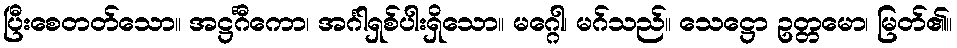
ပြီးစေတတ်သော။ အဋ္ဌင်္ဂီကော၊ အင်္ဂါရှစ်ပါးရှိသော။ မဂ္ဂေါ၊ မဂ်သည်။ သေဋ္ဌော ဥတ္တမော၊ မြတ်၏။